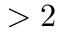
> 2